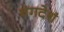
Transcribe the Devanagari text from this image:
वंगदेशं